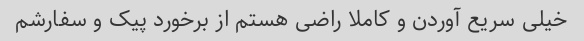
خیلی سریع آوردن و کاملا راضی هستم از برخورد پیک و سفارشم